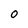
Character: 0